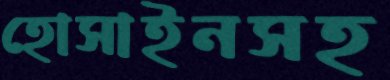
হোসাইনসহ